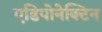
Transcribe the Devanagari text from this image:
एडिपोनेक्टिन